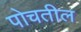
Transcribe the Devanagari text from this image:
पोचतील